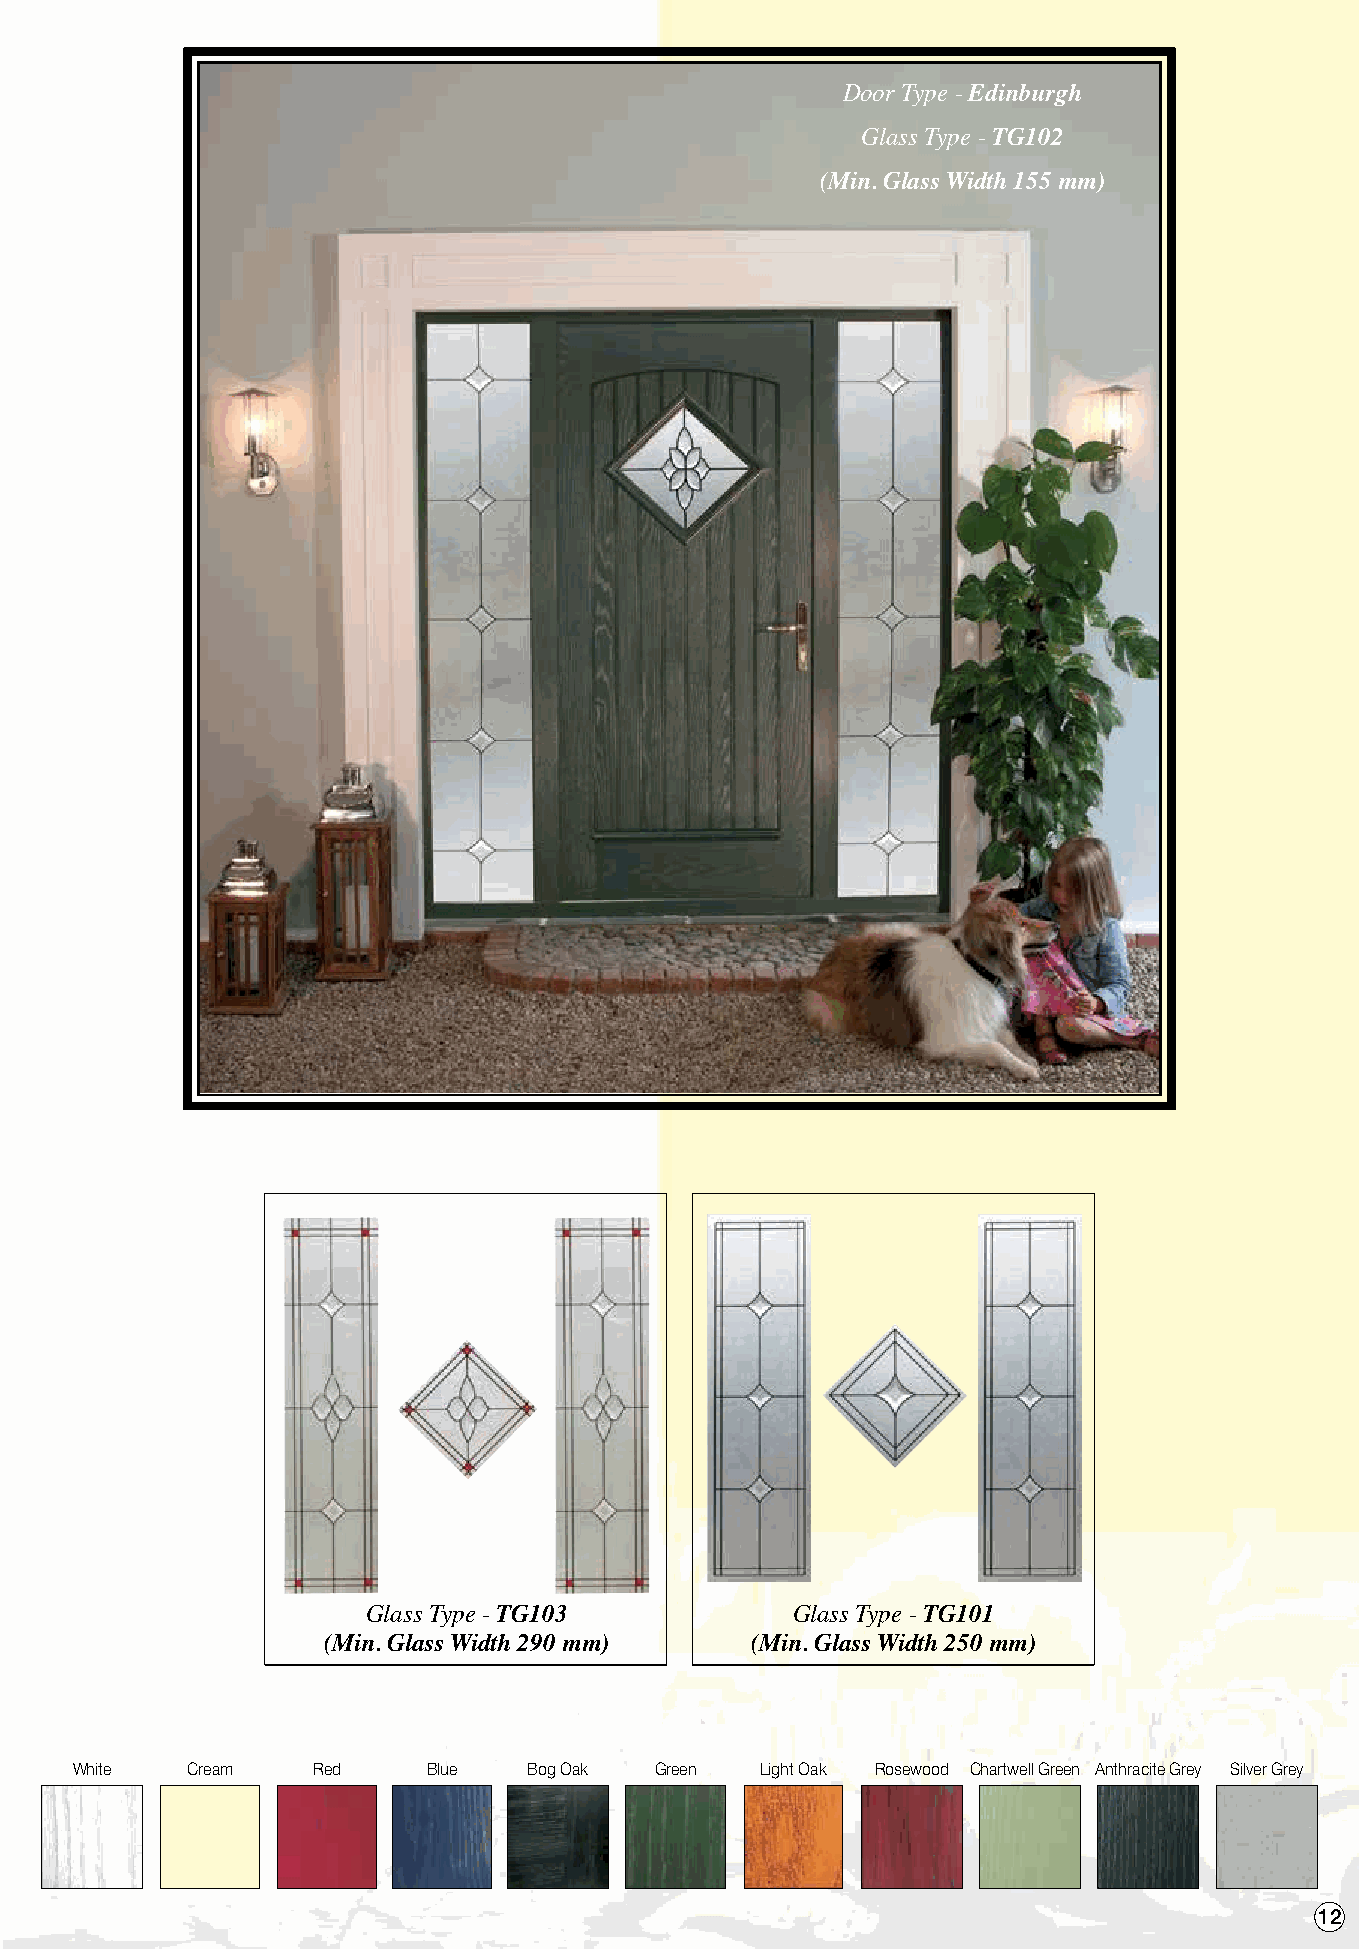
Door Type - Edinburgh
 Glass Type - TG102
 (Min. Glass Width 155 mm)
 Glass Type - TG103          Glass Type - TG101
 (Min. Glass Width 290 mm)    (Min. Glass Width 250 mm)
 White  Cream    Red    Blue   Bog Oak Green  Light Oak Rosewood Chartwell Green Anthracite Grey Silver Grey
 12